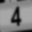
Digit: 4